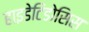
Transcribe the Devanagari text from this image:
हाइडेटिडोसिस